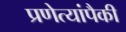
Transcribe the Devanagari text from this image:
प्रणेत्यांपैकी